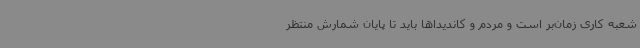
شعبه کاری زمان‌بر است و مردم و کاندیداها باید تا پایان شمارش منتظر